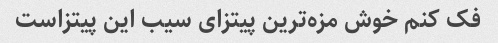
فک کنم خوش‌ مزه‌ترین پیتزای سیب این پیتزاست